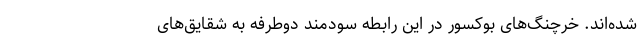
شده‌اند. خرچنگ‌های بوکسور در این رابطه سودمند دوطرفه به شقایق‌های